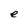
Character: e